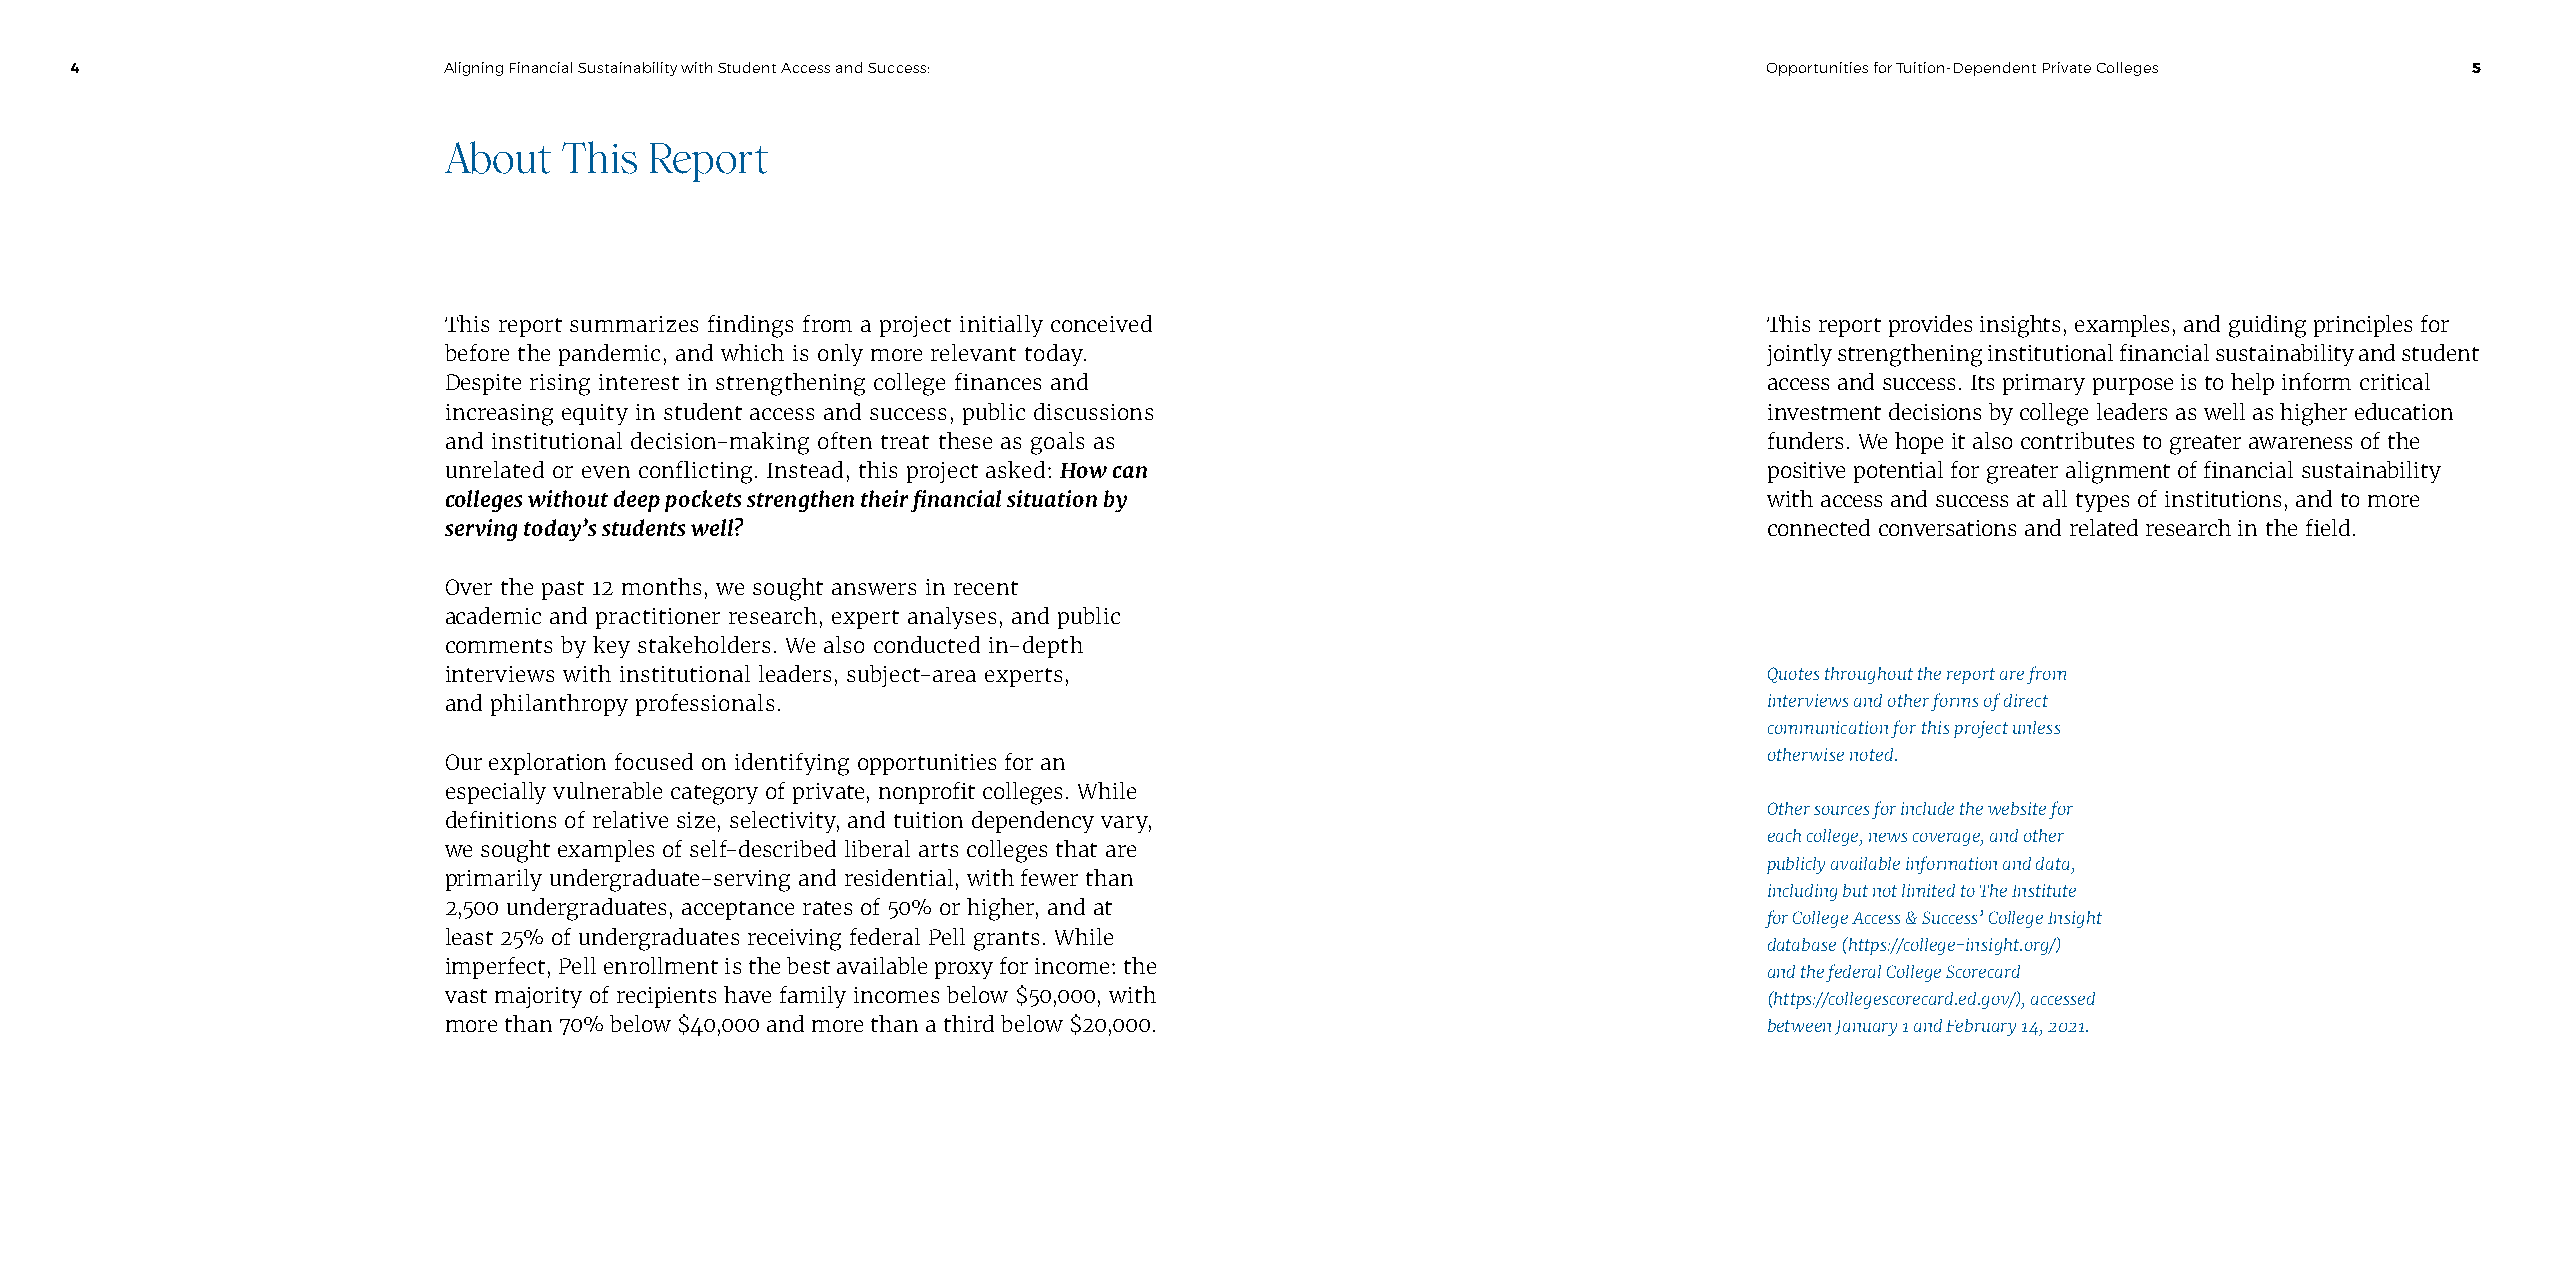
4                       Aligning Financial Sustainability with Student Access and Success:                      Opportunities for Tuition-Dependent Private Colleges 5
 About   This  Report
 This report summarizes findings from a project initially conceived                      This report provides insights, examples, and guiding principles for
 before the pandemic, and which is only more relevant today.                             jointly strengthening institutional financial sustainability and student
 Despite rising interest in strengthening college finances and                           access and success. Its primary purpose is to help inform critical
 increasing equity in student access and success, public discussions                     investment decisions by college leaders as well as higher education
 and institutional decision-making often treat these as goals as                         funders. We hope it also contributes to greater awareness of the
 unrelated or even conflicting. Instead, this project asked: How can                     positive potential for greater alignment of financial sustainability
 colleges without deep pockets strengthen their financial situation by                   with access and success at all types of institutions, and to more
 serving today’s students well?                                                          connected conversations and related research in the field.
 Over the past 12 months, we sought answers in recent
 academic and practitioner research, expert analyses, and public
 comments by key stakeholders. We also conducted in-depth
 interviews with institutional leaders, subject-area experts,                            Quotes throughout the report are from
 and philanthropy professionals.                                                         interviews and other forms of direct
 communication for this project unless
 Our exploration focused on identifying opportunities for an                             otherwise noted.
 especially vulnerable category of private, nonprofit colleges. While
 Other sources for include the website for
 definitions of relative size, selectivity, and tuition dependency vary,
 each college, news coverage, and other
 we sought examples of self-described liberal arts colleges that are
 publicly available information and data,
 primarily undergraduate-serving and residential, with fewer than
 including but not limited to The Institute
 2,500 undergraduates, acceptance rates of 50% or higher, and at
 for College Access & Success’ College Insight
 least 25% of undergraduates receiving federal Pell grants. While
 database (https://college-insight.org/)
 imperfect, Pell enrollment is the best available proxy for income: the
 and the federal College Scorecard
 vast majority of recipients have family incomes below $50,000, with                     (https://collegescorecard.ed.gov/), accessed
 more than 70% below $40,000 and more than a third below $20,000.                        between January 1 and February 14, 2021.